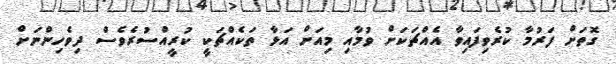
ގޮތަށް ފަރުމާ ކުރެވިފައިވާ އެއްޗަކަށް ވުމާއި މިއަށް އަޅާ ތަކެއްޗަކީ ކުރީއްސުރެވެސް ދިވެހިންނަށް